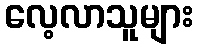
လေ့လာသူများ